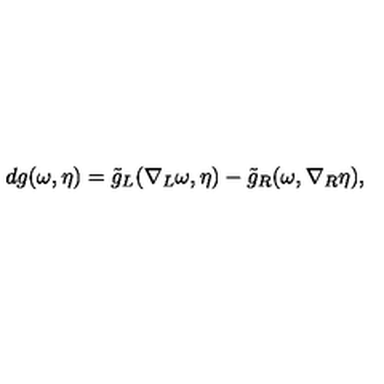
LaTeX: d g ( \omega , \eta ) = \tilde { g } _ { L } ( \nabla _ { L } \omega , \eta ) - \tilde { g } _ { R } ( \omega , \nabla _ { R } \eta ) ,